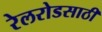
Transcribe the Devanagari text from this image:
रेलरोडसाठी